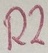
Text: R2